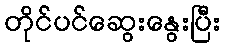
တိုင်ပင်ဆွေးနွေးပြီး